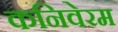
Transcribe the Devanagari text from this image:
कनिवेरम